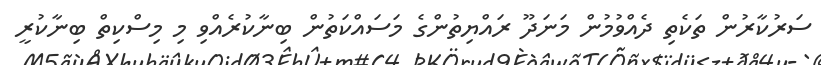
ސަރުކާރުން ތަކެތި ދެއްވުމުން މަނަދޫ ރައްޔިތުންގެ މަސައްކަތުން ބިނާކުރެއްވި މި މިސްކިތް ބިނާކުރީ